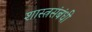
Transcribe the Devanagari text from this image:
शास्त्रसंबंधी